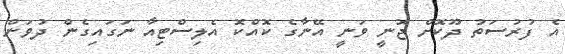
އެ ފުރުސަތު ދޫކޮށް ޖޮނީ ވަނީ އޭނާގެ ކޮއްކޮ އެލިސްޓިއާ ނަގައިގެން ދުވަން